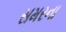
સમરના